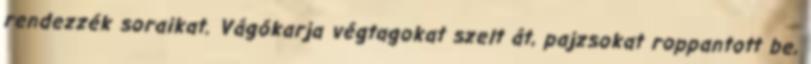
rendezzék soraikat. Vágókarja végtagokat szelt át, pajzsokat roppantott be,